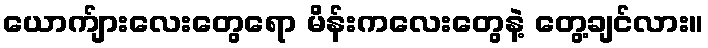
ယောက်ျားလေးတွေရော မိန်းကလေးတွေနဲ့ တွေ့ချင်လား။